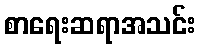
စာရေးဆရာအသင်း